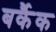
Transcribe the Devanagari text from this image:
बर्कैक